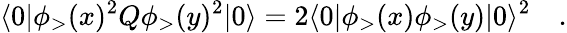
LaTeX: \langle 0|\phi_{>}(x)^{2}Q\phi_{>}(y)^{2}|0\rangle=2\langle 0|\phi_{>}(x)\phi_{>}(y)|0\rangle^{2}\quad.